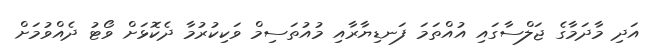
އަދި މާދަމާގެ ޖަލްސާގައި އުއްތަމަ ފަނޑިޔާރާއި މުއުތަސިމް ވަކިކުރުމާ ދެކޮޅަށް ވޯޓު ދެއްވުމަށް